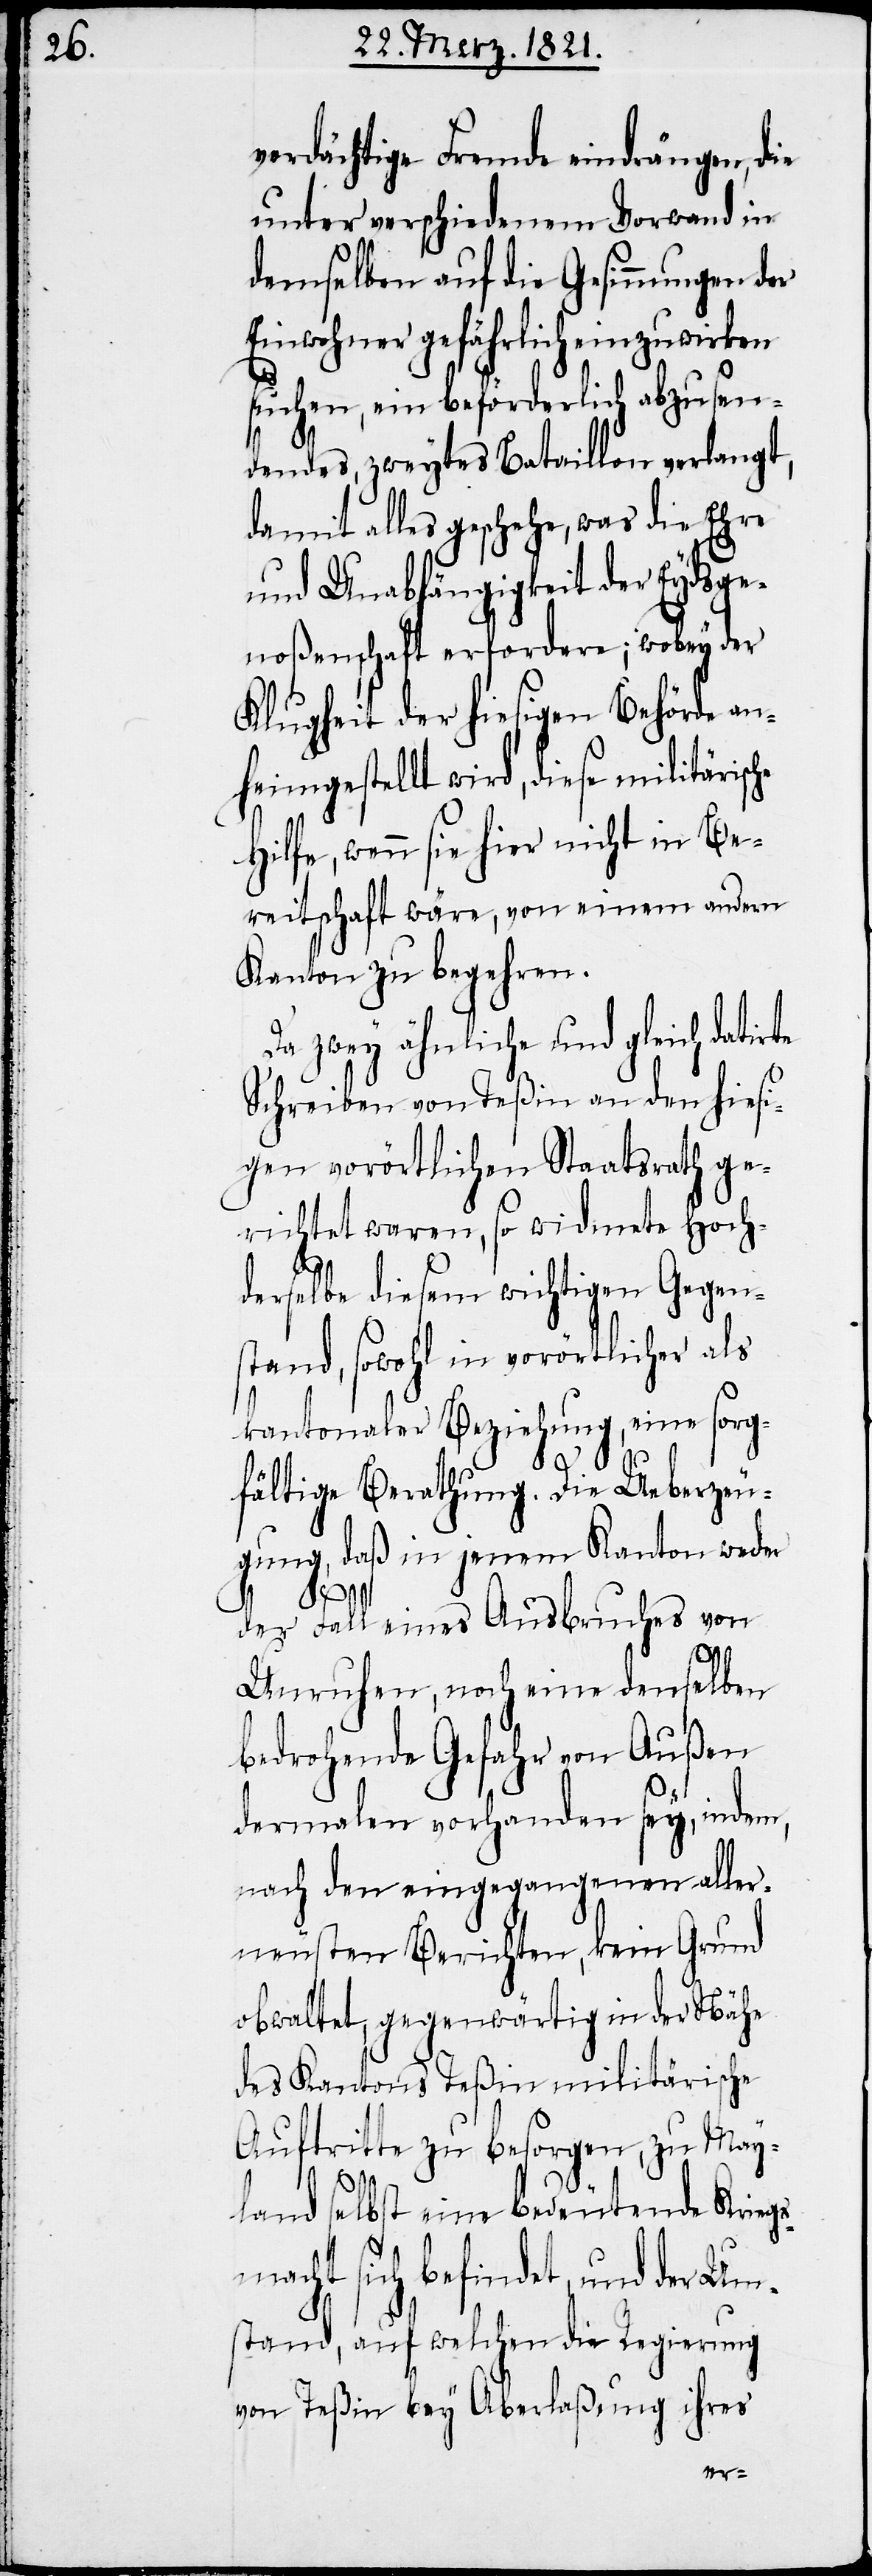
verdächtige Fremde eindrängen, die
unter verschiedenem Vorwand in
demselben auf die Gesinnungen der
Einwohner gefährlich einzuwirken
suchen, ein beförderlich abzusen¬
dendes, zweytes Bataillon verlangt,
damit alles geschehe, was die Ehre
und Unabhängigkeit der Eydsge¬
noßenschaft erfordere; wobey der
Klugheit der hiesigen Behörde an¬
heimgestellt wird, diese militärisc¬
Hilfe, wenn sie hier nicht in Be¬
reitschaft wäre, von einem andern
Kanton zu begehren.
Da zwey ähnliche und gleich dati¬
Schreiben von Teßin an den hiesi¬
gen vorörtlichen Staatsrath ge¬
richtet waren, so widmete Hoch¬
derselbe diesem wichtigen Gegen¬
stand, sowohl in vorörtlicher als
kantonaler Beziehung, eine sorg¬
fältige Berathung. Die Ueberzeu¬
gung, daß in jenem Kanton weder
der Fall eines Ausbruches von
Unruhen, noch eine denselben
bedrohende Gefahr von Außen
dermalen vorhanden sey, indem,
nach den eingegangenen aller¬
neusten Berichten, kein Grund
obwaltet, gegenwärtig in der Nähe
des Kantons Teßin militärische
Auftritte zu besorgen, zu May¬
land selbst eine bedeutende Krieg¬
macht sich befindet, und der
stand, auf welchen die Regierung
von Teßin bey Aberlaßung ihres
Um¬